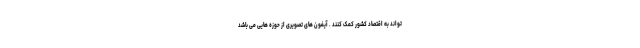
تواند به اقتصاد کشور کمک کنند . آیفون های تصویری از حوزه هایی می باشد